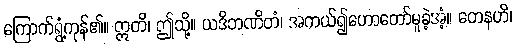
ကြောက်ရွံ့ကုန်၏။ ဣတိ၊ ဤသို့။ ယဒိဘဏိတံ၊ အကယ်၍ဟောတော်မူခဲ့အံ့။ တေနဟိ၊